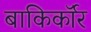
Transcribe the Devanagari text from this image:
बाकिर्कॉर